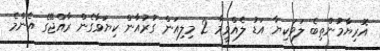
އޮރިޔާމުންތިބެ ލަވަކިޔާ އަޑު ލެއްވީމާ 2 މިލިއަން ގުރުއާން ކިޔަވާގެން ރާއްޖޭގެ އެންމެ